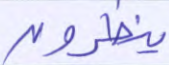
ينظرون